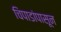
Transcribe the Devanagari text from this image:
चिपाडांपासून